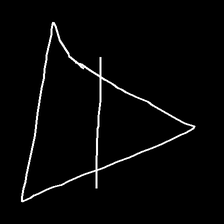
Glyph: empower